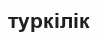
туркілік